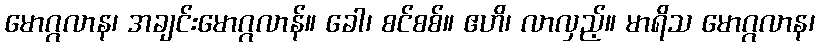
မောဂ္ဂလာန၊ အချင်းမောဂ္ဂလာန်။ ခေါ၊ စင်စစ်။ ဧဟိ၊ လာလှည့်။ မာရိသ မောဂ္ဂလာန၊